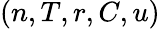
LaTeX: (n,T,r,C,u)